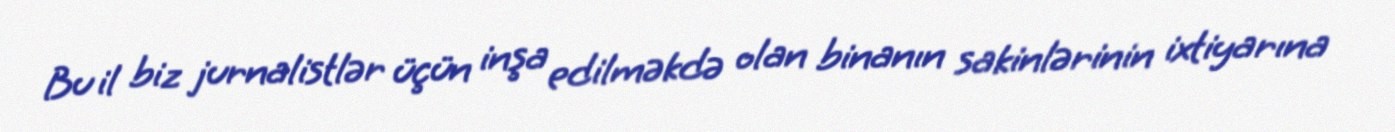
Bu il biz jurnalistlər üçün inşa edilməkdə olan binanın sakinlərinin ixtiyarına